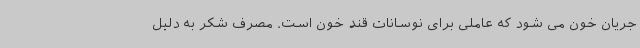
جریان خون می شود که عاملی برای نوسانات قند خون است. مصرف شکر به دلیل